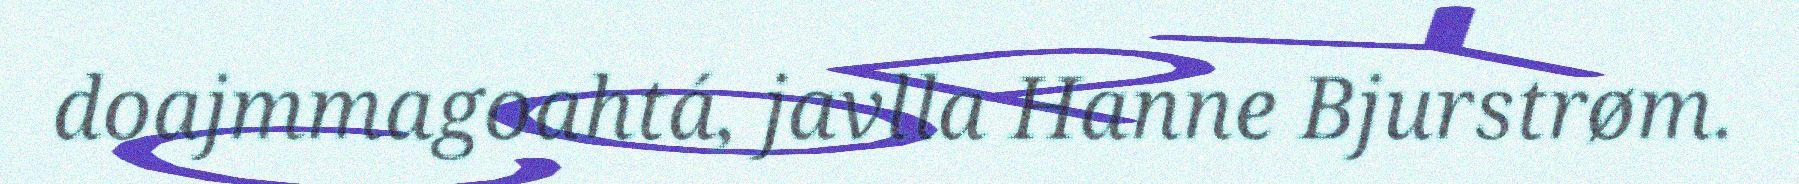
doajmmagoahtá, javlla Hanne Bjurstrøm.